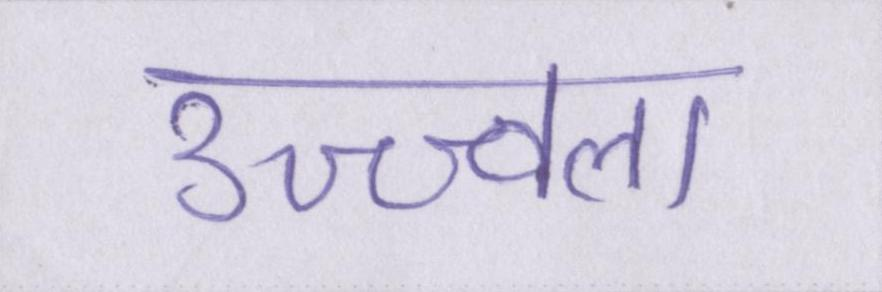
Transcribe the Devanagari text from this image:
उज्ज्वला